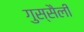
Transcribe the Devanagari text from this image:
गुस्सैली